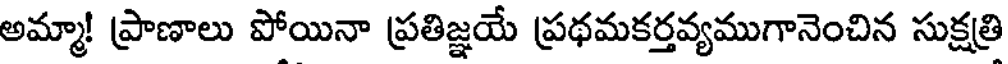
అమ్మా! ప్రాణాలు పోయినా ప్రతిజ్ఞయే ప్రథమకర్తవ్యముగానెంచిన సుక్షత్రి